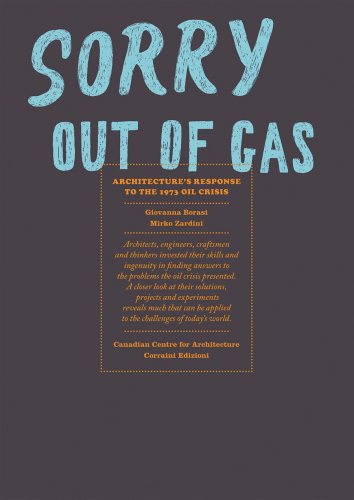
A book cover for Sorry, Out of Gas: Architecture's Response to the 1973 Oil Crisis; Caroline Maniaque; Crafts, Hobbies & Home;